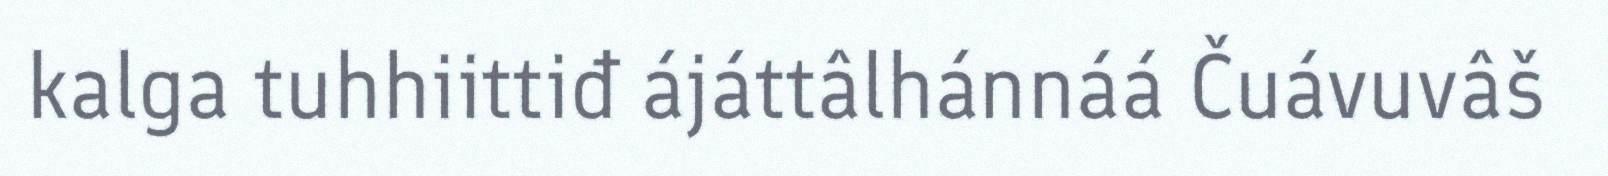
kalga tuhhiittiđ ájáttâlhánnáá Čuávuvâš